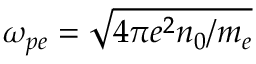
\omega _ { p e } = \sqrt { 4 \pi e ^ { 2 } n _ { 0 } / m _ { e } }